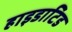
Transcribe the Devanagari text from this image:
हाइडाटिड